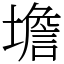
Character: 㙴